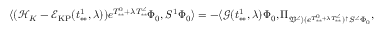
\langle ( \mathcal { H } _ { K } - \mathcal { E } _ { \mathrm { K P } } ( t _ { * * } ^ { 1 } , \lambda ) ) e ^ { T _ { * * } ^ { 0 } + \lambda T _ { * * } ^ { \angle } } \Phi _ { 0 } , S ^ { 1 } \Phi _ { 0 } \rangle = - \langle \mathcal { G } ( t _ { * * } ^ { 1 } , \lambda ) \Phi _ { 0 } , \Pi _ { \mathfrak { V } ^ { \angle } \rangle ( e ^ { T _ { * * } ^ { 0 } + \lambda T _ { * * } ^ { \angle } } ) ^ { \dag } S ^ { \angle } \Phi _ { 0 } } ,